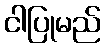
ငါပြုမည်